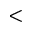
<